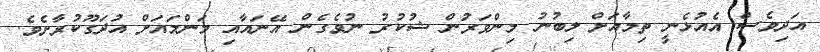
އަދިވެސް އެއުޅެނީ ތިމާއަށް ލިބުނު މިންވަރުން ޝުކުރު ނުވެގެން އޭނައާއި މަންމައަށް އުދަގޫކުރާށެވެ.